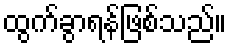
ထွက်ခွာရန်ဖြစ်သည်။